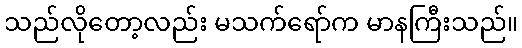
သည်လိုတော့လည်း မသက်ရော်က မာနကြီးသည်။